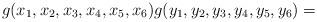
LaTeX: \begin{align*} g(x_1,x_2,x_3,x_4,x_5,x_6) g(y_1,y_2,y_3,y_4,y_5,y_6)= \end{align*}